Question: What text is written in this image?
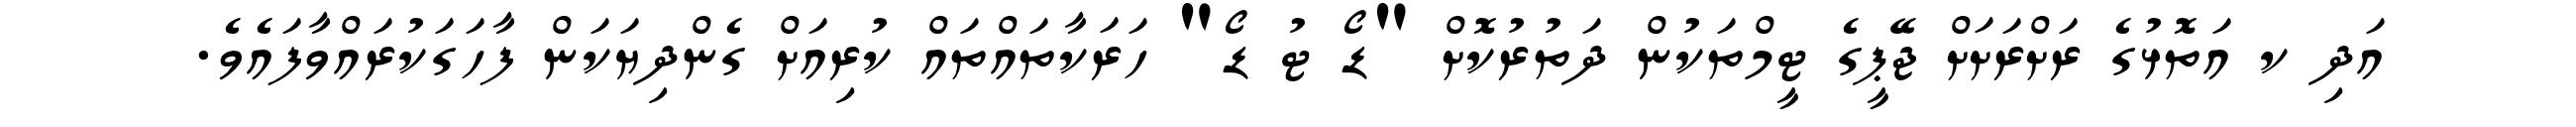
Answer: އަދި ކ އަތޮޅުގެ ރަށްރަށަށް ޖޭޕީގެ ޓީމްތަކުން ދަތުރުކޮށް "ޑޯ ޓު ޑޯ" ހަރަކާތައްތައް ކުރިއަށް ގެންދިޔަކަން ފާހަގަކުރައްވާފައެވެ.